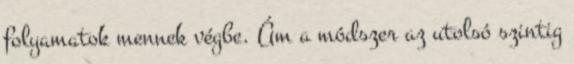
folyamatok mennek végbe. Ám a módszer az utolsó szintig